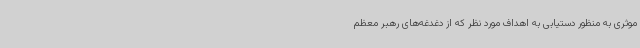
موثری به منظور دستیابی به اهداف مورد نظر که از دغدغه‌های رهبر معظم